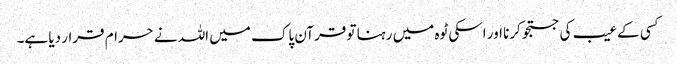
کسی کے عیب کی جستجو کرنا اور اسکی ٹوہ میں رہنا تو قرآن پاک میں اللہ نے حرام قرار دیا ہے۔